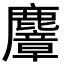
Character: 麞